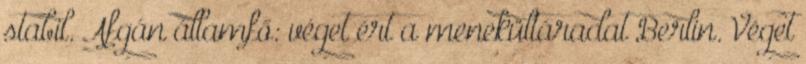
stabil. Afgán államfő: véget ért a menekültáradat Berlin. Véget